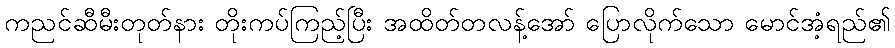
ကညင်ဆီမီးတုတ်နား တိုးကပ်ကြည့်ပြီး အထိတ်တလန့်အော် ပြောလိုက်သော မောင်အံ့ရည်၏